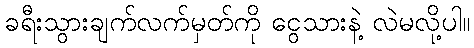
ခရီးသွားချက်လက်မှတ်ကို ငွေသားနဲ့ လဲမလို့ပါ။